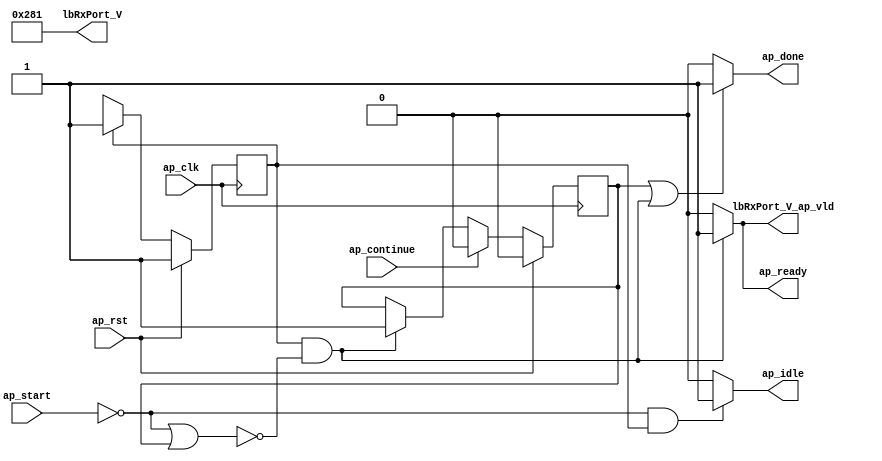
// ==============================================================
// RTL generated by Vivado(TM) HLS - High-Level Synthesis from C, C++ and SystemC
// Version: 2016.3
// Copyright (C) 1986-2016 Xilinx, Inc. All Rights Reserved.
// 
// ===========================================================

`timescale 1 ns / 1 ps 

module Block_codeRepl30_pro (
        ap_clk,
        ap_rst,
        ap_start,
        ap_done,
        ap_continue,
        ap_idle,
        ap_ready,
        lbRxPort_V,
        lbRxPort_V_ap_vld
);

parameter    ap_ST_fsm_state1 = 1'b1;
parameter    ap_const_lv32_0 = 32'b00000000000000000000000000000000;
parameter    ap_const_lv16_281 = 16'b1010000001;

input   ap_clk;
input   ap_rst;
input   ap_start;
output   ap_done;
input   ap_continue;
output   ap_idle;
output   ap_ready;
output  [15:0] lbRxPort_V;
output   lbRxPort_V_ap_vld;

reg ap_done;
reg ap_idle;
reg ap_ready;
reg lbRxPort_V_ap_vld;

reg    ap_done_reg;
(* fsm_encoding = "none" *) reg   [0:0] ap_CS_fsm;
wire   [0:0] ap_CS_fsm_state1;
reg   [0:0] ap_NS_fsm;

// power-on initialization
initial begin
#0 ap_done_reg = 1'b0;
#0 ap_CS_fsm = 1'b1;
end

always @ (posedge ap_clk) begin
    if (ap_rst == 1'b1) begin
        ap_CS_fsm <= ap_ST_fsm_state1;
    end else begin
        ap_CS_fsm <= ap_NS_fsm;
    end
end

always @ (posedge ap_clk) begin
    if (ap_rst == 1'b1) begin
        ap_done_reg <= 1'b0;
    end else begin
        if ((1'b1 == ap_continue)) begin
            ap_done_reg <= 1'b0;
        end else if (((ap_CS_fsm_state1 == 1'b1) & ~((ap_start == 1'b0) | (ap_done_reg == 1'b1)))) begin
            ap_done_reg <= 1'b1;
        end
    end
end

always @ (*) begin
    if (((1'b1 == ap_done_reg) | ((ap_CS_fsm_state1 == 1'b1) & ~((ap_start == 1'b0) | (ap_done_reg == 1'b1))))) begin
        ap_done = 1'b1;
    end else begin
        ap_done = 1'b0;
    end
end

always @ (*) begin
    if (((1'b0 == ap_start) & (ap_CS_fsm_state1 == 1'b1))) begin
        ap_idle = 1'b1;
    end else begin
        ap_idle = 1'b0;
    end
end

always @ (*) begin
    if (((ap_CS_fsm_state1 == 1'b1) & ~((ap_start == 1'b0) | (ap_done_reg == 1'b1)))) begin
        ap_ready = 1'b1;
    end else begin
        ap_ready = 1'b0;
    end
end

always @ (*) begin
    if (((ap_CS_fsm_state1 == 1'b1) & ~((ap_start == 1'b0) | (ap_done_reg == 1'b1)))) begin
        lbRxPort_V_ap_vld = 1'b1;
    end else begin
        lbRxPort_V_ap_vld = 1'b0;
    end
end

always @ (*) begin
    case (ap_CS_fsm)
        ap_ST_fsm_state1 : begin
            ap_NS_fsm = ap_ST_fsm_state1;
        end
        default : begin
            ap_NS_fsm = 'bx;
        end
    endcase
end

assign ap_CS_fsm_state1 = ap_CS_fsm[ap_const_lv32_0];

assign lbRxPort_V = ap_const_lv16_281;

endmodule //Block_codeRepl30_pro